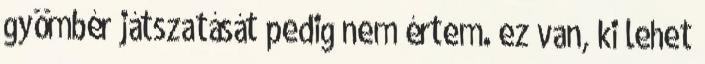
gyömbér játszatását pedig nem értem. ez van, ki lehet